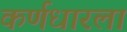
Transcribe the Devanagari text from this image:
कर्णधारला